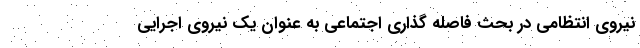
نیروی انتظامی در بحث فاصله گذاری اجتماعی به عنوان یک نیروی اجرایی